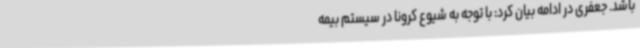
باشد. جعفری در ادامه بیان کرد: با توجه به شیوع کرونا در سیستم بیمه